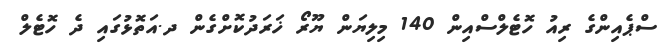
ސްޕެއިންގެ ރިއު ހޮޓެލްސްއިން 140 މިލިޔަން ޔޫރޯ ޚަރަދުކޮށްގެން ދ.އަތޮޅުގައި ދެ ހޮޓެލް